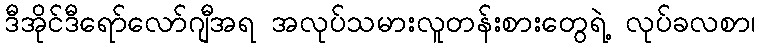
ဒီအိုင်ဒီရော်လော်ဂျီအရ အလုပ်သမားလူတန်းစားတွေရဲ့ လုပ်ခလစာ၊